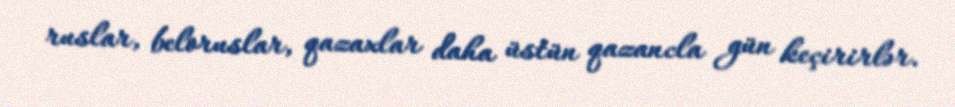
ruslar, beloruslar, qazaxlar daha üstün qazancla gün keçirirlər.